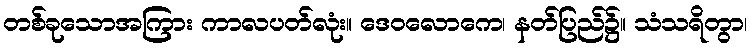
တစ်ခုသောအကြား ကာလပတ်လုံး။ ဒေဝလောကေ၊ နတ်ပြည်၌။ သံသရိတွာ၊